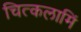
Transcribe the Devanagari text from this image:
चित्कलामिं